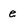
Character: e